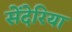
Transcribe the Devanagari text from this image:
सेंदेरिया